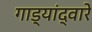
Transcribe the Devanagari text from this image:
गाड्यांद्वारे